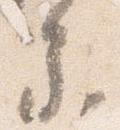
参